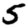
Digit: 5